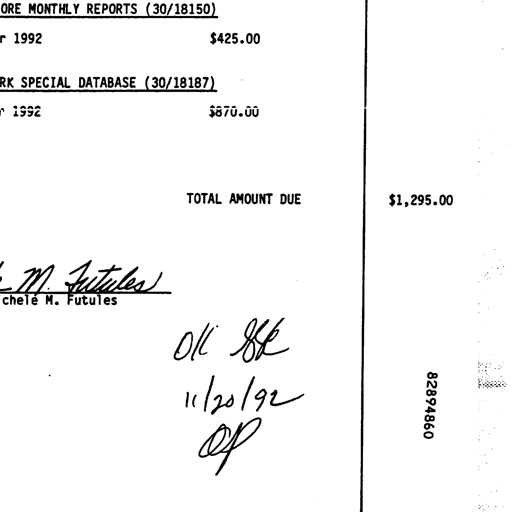
ORE MONTHLY REPORTS (30/18150)
1992 $425.00
RK SPECIAL DATABASE (30/18187)
1992 $870.00
TOTAL AMOUNT DUE $1,295.00
M. Futules
chele M. Futules
OK SSK
11/20/92
OP
82894860